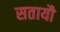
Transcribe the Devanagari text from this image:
सतायौ